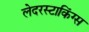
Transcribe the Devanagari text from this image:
लेदरस्टाकिंग्स